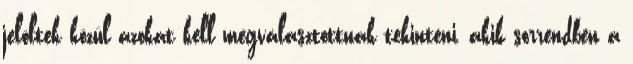
jelöltek közül azokat kell megválasztottnak tekinteni, akik sorrendben a